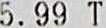
5.99 T